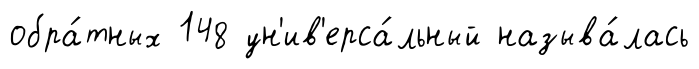
обра́тных 148 ун'ив'ерса́льный называ́лась